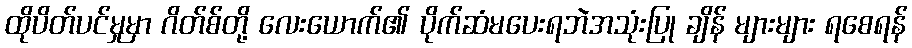
ထိုပိတ်ပင်မှုမှာ ဂိတ်စ်တို့ လေးယောက်၏ ပိုက်ဆံမပေးရဘဲအသုံးပြု ချိန် များများ ရစေရန်